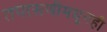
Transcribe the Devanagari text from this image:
तपासणीमधूनही